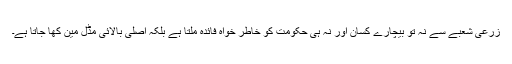
زرعی شعبے سے نہ تو بیچارے کسان اور نہ ہی حکومت کو خاطر خواہ فائدہ ملتا ہے بلکہ اصلی بالائی مڈل مین کھا جاتا ہے۔